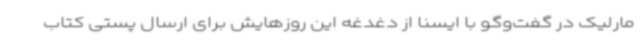
مارلیک در گفت‌وگو با ایسنا از دغدغه این روزهایش برای ارسال پستی کتاب